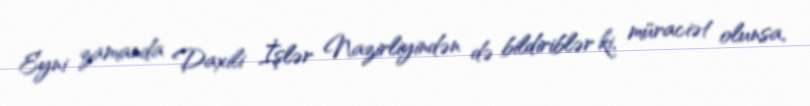
Eyni zamanda Daxili İşlər Nazirliyindən də bildiriblər ki, müraciət olunsa,